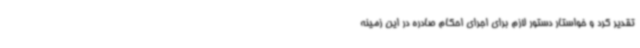
تقدیر کرد و خواستار دستور لازم برای اجرای احکام صادره در این زمینه